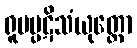
ရူပပ္ပဋိသံယုတ္တော